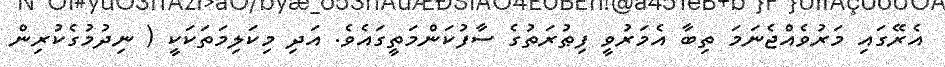
އެރޭގައި މަރުވެއްޖެނަމަ ތިބާ އެމަރުވީ ފިޠުރަތުގެ ސާފުކަންމަތީގައެވެ. އަދި މިކަލިމަތަކަކީ ( ނިދުމުގެކުރިން